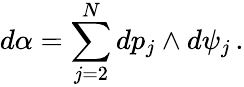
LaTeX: d\alpha=\sum_{j=2}^{N}dp_{j}\wedge d\psi_{j}\, .